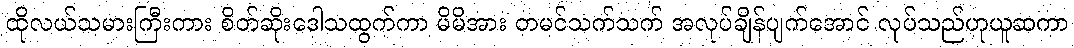
ထိုလယ်သမားကြီးကား စိတ်ဆိုးဒေါသထွက်ကာ မိမိအား တမင်သက်သက် အလုပ်ချိန်ပျက်အောင် လုပ်သည်ဟုယူဆကာ